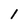
Character: l